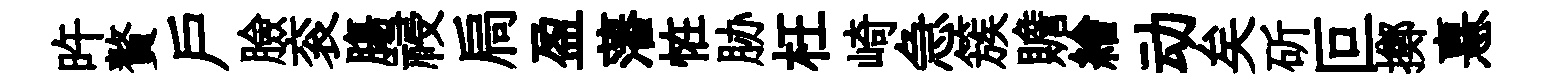
旿贅戸臉衮膓祲扃盈藩恠胁枉崎急簇贍繪动矣斫叵擲憙